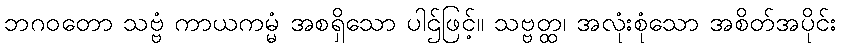
ဘဂဝတော သဗ္ဗံ ကာယကမ္မံ အစရှိသော ပါဌ်ဖြင့်။ သဗ္ဗတ္ထ၊ အလုံးစုံသော အစိတ်အပိုင်း